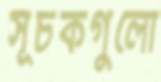
সূচকগুলো